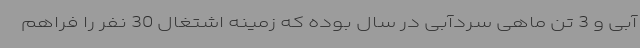
آبی و 3 تن ماهی سردآبی در سال بوده که زمینه اشتغال 30 نفر را فراهم